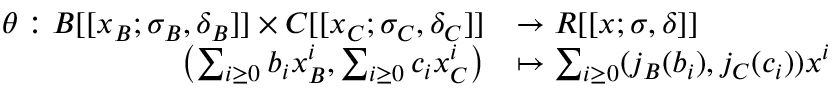
\begin{array} { r l } { \theta : B [ [ x _ { B } ; \sigma _ { B } , \delta _ { B } ] ] \times C [ [ x _ { C } ; \sigma _ { C } , \delta _ { C } ] ] } & { \to R [ [ x ; \sigma , \delta ] ] } \\ { \left( \sum _ { i \geq 0 } b _ { i } x _ { B } ^ { i } , \sum _ { i \geq 0 } c _ { i } x _ { C } ^ { i } \right) } & { \mapsto \sum _ { i \geq 0 } ( j _ { B } ( b _ { i } ) , j _ { C } ( c _ { i } ) ) x ^ { i } } \end{array}